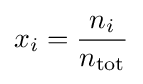
x_{i}={\frac {n_{i}}{n_{\mathrm {tot} }}}